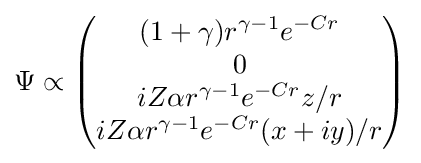
\Psi \propto {\begin{pmatrix}(1+\gamma )r^{\gamma -1}e^{-Cr}\\0\\iZ\alpha r^{\gamma -1}e^{-Cr}z/r\\iZ\alpha r^{\gamma -1}e^{-Cr}(x+iy)/r\end{pmatrix}}